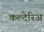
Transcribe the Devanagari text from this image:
कल्देरिअ